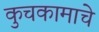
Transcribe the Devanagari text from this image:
कुचकामाचे